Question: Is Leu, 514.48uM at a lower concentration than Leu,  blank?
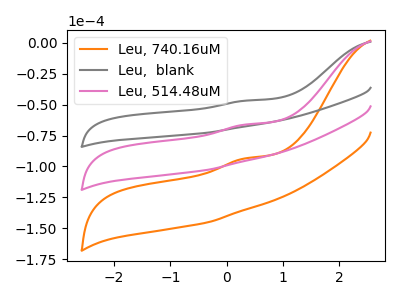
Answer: <think>The orange curve "Leu, 740.16uM" has an anodic peak at: (0.35V, -132.10uA). The gray curve "Leu,  blank" has an anodic peak at: (0.35V, -46.70uA). The pink curve "Leu, 514.48uM" has an anodic peak at: (0.35V, -66.05uA).
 All the peaks in "Leu,  blank" have a peak in "Leu, 514.48uM" at the same potential. Every peak in "Leu,  blank" is higher than every peak in "Leu, 514.48uM".</think>
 <answer>"Leu,  blank" has more signal than "Leu, 514.48uM" and so likely has a higher concentration.</answer>
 <eval>more_concentration</eval>